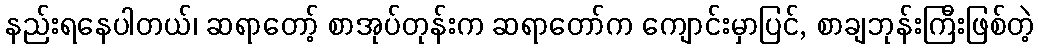
နည်းရနေပါတယ်၊ ဆရာတော့် စာအုပ်တုန်းက ဆရာတော်က ကျောင်းမှာပြင်, စာချဘုန်းကြီးဖြစ်တဲ့